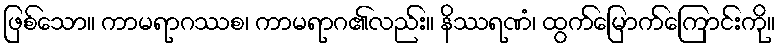
ဖြစ်သော။ ကာမရာဂဿစ၊ ကာမရာဂ၏လည်း။ နိဿရဏံ၊ ထွက်မြောက်ကြောင်းကို။